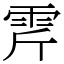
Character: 𩂋